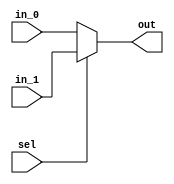
`timescale 1ns / 100ps

module selector_2cen_1bit(out, in_0, in_1, sel);
  output out;
  input in_0, in_1, sel;
  assign out = sel? in_1 : in_0;
endmodule